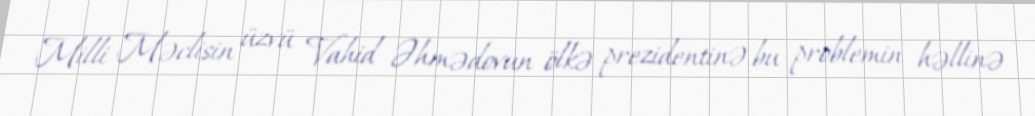
Milli Məclisin üzvü Vahid Əhmədovun ölkə prezidentinə bu problemin həllinə